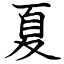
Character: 夏